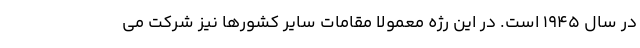
در سال ۱۹۴۵ است. در این رژه معمولاً مقامات سایر کشورها نیز شرکت می